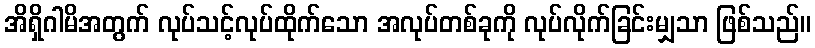
အိရှိဂါမိအတွက် လုပ်သင့်လုပ်ထိုက်သော အလုပ်တစ်ခုကို လုပ်လိုက်ခြင်းမျှသာ ဖြစ်သည်။